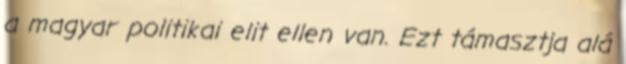
a magyar politikai elit ellen van. Ezt támasztja alá